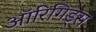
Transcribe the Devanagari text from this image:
ऑरिगिड्स